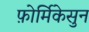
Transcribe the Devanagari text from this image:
फ़ोर्मिकेसुन